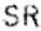
SR